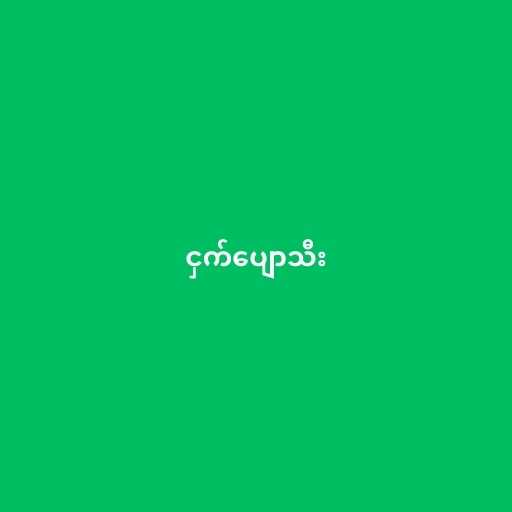
ငှက်ပျောသီး